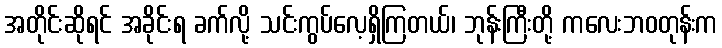
အတိုင်းဆိုရင် အခိုင်းရ ခက်လို့ သင်းကွပ်လေ့ရှိကြတယ်၊ ဘုန်းကြီးတို့ ကလေးဘဝတုန်းက